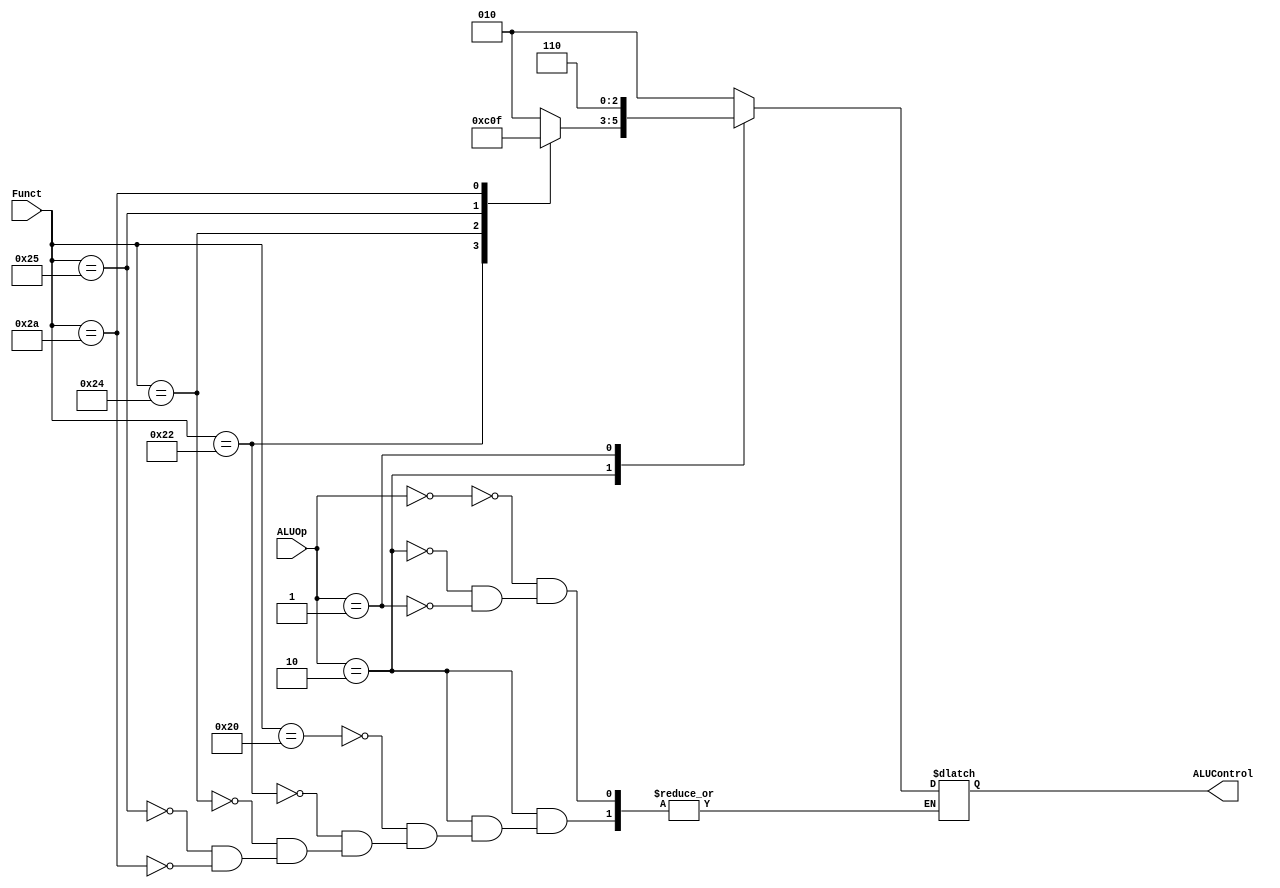
/*

	File name    : ALU_Control_Unit
	LastEditors  : H
	LastEditTime : 2021-11-04 21:33:54
	Last Version : 1.0
	Description  : Control the ALU Unit to run specific operation. Output the Signal Alucontrol
	
	----------------------------------------------------------------------------------------
	
	Author       : H
	Date         : 2021-11-03 21:01:39
	FilePath     : \MIPS_Pipeline\ALU_Control_Unit.v
	Copyright 2021 H, All Rights Reserved. 

*/

module ALU_Control_Unit(
    // System Clock

    // User Interface
    input       [5:0]   Funct,
    input       [1:0]   ALUOp,
    output  reg [2:0]   ALUControl
);
/*******************************************************************************
 *                                 Main Code
*******************************************************************************/

    always @(*) begin
        case (ALUOp)
            2'b00: ALUControl = 3'b010;
            2'b10: begin
                case (Funct)
                    6'b100000 : ALUControl = 3'b010;
                    6'b100010 : ALUControl = 3'b110;
                    6'b100100 : ALUControl = 3'b000;
                    6'b100101 : ALUControl = 3'b001;
                    6'b101010 : ALUControl = 3'b111;
                endcase
            end
            2'b01: ALUControl = 3'b110;
            default: ;
        endcase
    end


endmodule